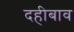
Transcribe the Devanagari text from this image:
दहीबाव